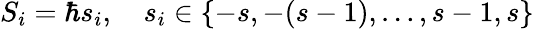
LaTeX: S_{i}=\hbar s_{i},\quad s_{i}\in\{ -s,-(s-1),\dots,s-1,s\} \,